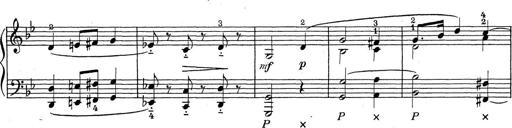
Title: ÄŒeskÃ© Sonatiny
Composer: Various